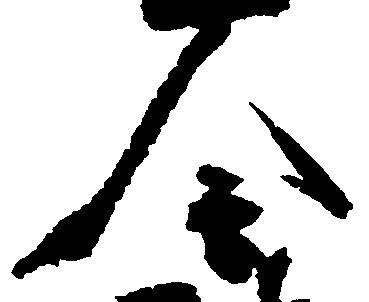
令